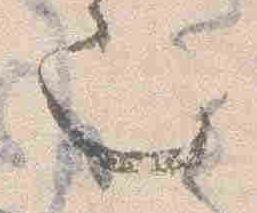
也